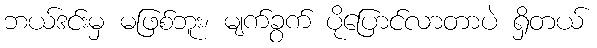
ဘယ်ဒင်းမှ မဖြစ်ဘူး၊ မျက်ခွက် ပိုပြောင်လာတာပဲ ရှိတယ်